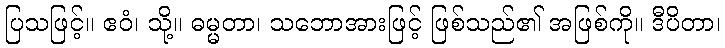
ပြသဖြင့်။ ဧဝံ၊ သို့။ ဓမ္မတာ၊ သဘောအားဖြင့် ဖြစ်သည်၏ အဖြစ်ကို။ ဒီပိတာ၊